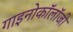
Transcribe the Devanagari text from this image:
गाइनोकॉलॉजी